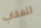
للعقاب